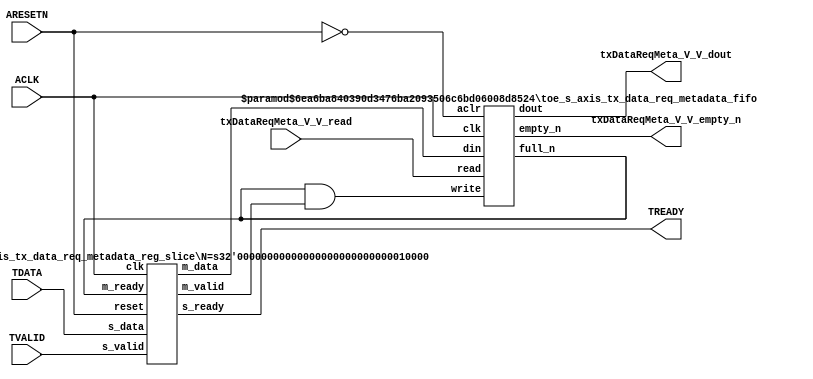
// ==============================================================
// File generated by Vivado(TM) HLS - High-Level Synthesis from C, C++ and SystemC
// Version: 2015.1
// Copyright (C) 2015 Xilinx Inc. All rights reserved.
// 
// ==============================================================


`timescale 1ns/1ps

module toe_s_axis_tx_data_req_metadata_if (
    // AXI4-Stream singals
    input  wire        ACLK,
    input  wire        ARESETN,
    input  wire        TVALID,
    output wire        TREADY,
    input  wire [15:0] TDATA,
    // User signals
    output wire [15:0] txDataReqMeta_V_V_dout,
    output wire        txDataReqMeta_V_V_empty_n,
    input  wire        txDataReqMeta_V_V_read
);
//------------------------Local signal-------------------
// FIFO
wire [0:0]  fifo_write;
wire [0:0]  fifo_full_n;
wire [15:0] txDataReqMeta_V_V_din;
wire [0:0]  txDataReqMeta_V_V_full_n;
// register slice
wire [0:0]  s_valid;
wire [0:0]  s_ready;
wire [15:0] s_data;
wire [0:0]  m_valid;
wire [0:0]  m_ready;
wire [15:0] m_data;

//------------------------Instantiation------------------
// rs
toe_s_axis_tx_data_req_metadata_reg_slice #(
    .N       ( 16 )
) rs (
    .clk     ( ACLK ),
    .reset   ( ARESETN ),
    .s_data  ( s_data ),
    .s_valid ( s_valid ),
    .s_ready ( s_ready ),
    .m_data  ( m_data ),
    .m_valid ( m_valid ),
    .m_ready ( m_ready )
);

// txDataReqMeta_V_V_fifo
toe_s_axis_tx_data_req_metadata_fifo #(
    .DATA_BITS  ( 16 ),
    .DEPTH_BITS ( 4 )
) txDataReqMeta_V_V_fifo (
    .clk        ( ACLK ),
    .aclr       ( ~ARESETN ),
    .empty_n    ( txDataReqMeta_V_V_empty_n ),
    .full_n     ( txDataReqMeta_V_V_full_n ),
    .read       ( txDataReqMeta_V_V_read ),
    .write      ( fifo_write ),
    .dout       ( txDataReqMeta_V_V_dout ),
    .din        ( txDataReqMeta_V_V_din )
);

//------------------------Body---------------------------
//++++++++++++++++++++++++AXI4-Stream++++++++++++++++++++
assign TREADY = s_ready;

//+++++++++++++++++++++++++++++++++++++++++++++++++++++++

//++++++++++++++++++++++++Reigister Slice++++++++++++++++
assign s_valid = TVALID;
assign m_ready = fifo_full_n;
assign s_data  = {TDATA[15:0]};

//+++++++++++++++++++++++++++++++++++++++++++++++++++++++

//++++++++++++++++++++++++FIFO+++++++++++++++++++++++++++
assign fifo_write            = fifo_full_n & m_valid;
assign txDataReqMeta_V_V_din = m_data[15:0];
assign fifo_full_n           = txDataReqMeta_V_V_full_n;

//+++++++++++++++++++++++++++++++++++++++++++++++++++++++

endmodule



`timescale 1ns/1ps

module toe_s_axis_tx_data_req_metadata_fifo
#(parameter
    DATA_BITS  = 8,
    DEPTH_BITS = 4
)(
    input  wire                 clk,
    input  wire                 aclr,
    output wire                 empty_n,
    output wire                 full_n,
    input  wire                 read,
    input  wire                 write,
    output wire [DATA_BITS-1:0] dout,
    input  wire [DATA_BITS-1:0] din
);
//------------------------Parameter----------------------
localparam
    DEPTH = 1 << DEPTH_BITS;
//------------------------Local signal-------------------
reg                   empty;
reg                   full;
reg  [DEPTH_BITS-1:0] index;
reg  [DATA_BITS-1:0]  mem[0:DEPTH-1];
//------------------------Body---------------------------
assign empty_n = ~empty;
assign full_n  = ~full;
assign dout    = mem[index];

// empty
always @(posedge clk or posedge aclr) begin
    if (aclr)
        empty <= 1'b1;
    else if (empty & write & ~read)
        empty <= 1'b0;
    else if (~empty & ~write & read & (index==1'b0))
        empty <= 1'b1;
end

// full
always @(posedge clk or posedge aclr) begin
    if (aclr)
        full <= 1'b0;
    else if (full & read & ~write)
        full <= 1'b0;
    else if (~full & ~read & write & (index==DEPTH-2'd2))
        full <= 1'b1;
end

// index
always @(posedge clk or posedge aclr) begin
    if (aclr)
        index <= {DEPTH_BITS{1'b1}};
    else if (~empty & ~write & read)
        index <= index - 1'b1;
    else if (~full & ~read & write)
        index <= index + 1'b1;
end

// mem
always @(posedge clk) begin
    if (~full & write) mem[0] <= din;
end

genvar i;
generate
    for (i = 1; i < DEPTH; i = i + 1) begin : gen_sr
        always @(posedge clk) begin
            if (~full & write) mem[i] <= mem[i-1];
        end
    end
endgenerate

endmodule

`timescale 1ns/1ps

module toe_s_axis_tx_data_req_metadata_reg_slice
#(parameter
    N = 8   // data width
) (
    // system signals
    input  wire         clk,
    input  wire         reset,
    // slave side
    input  wire [N-1:0] s_data,
    input  wire         s_valid,
    output wire         s_ready,
    // master side
    output wire [N-1:0] m_data,
    output wire         m_valid,
    input  wire         m_ready
);
//------------------------Parameter----------------------
// state
localparam [1:0]
    ZERO = 2'b10,
    ONE  = 2'b11,
    TWO  = 2'b01;
//------------------------Local signal-------------------
reg  [N-1:0] data_p1;
reg  [N-1:0] data_p2;
wire         load_p1;
wire         load_p2;
wire         load_p1_from_p2;
reg          s_ready_t;
reg  [1:0]   state;
reg  [1:0]   next;
//------------------------Body---------------------------
assign s_ready = s_ready_t;
assign m_data  = data_p1;
assign m_valid = state[0];

assign load_p1 = (state == ZERO && s_valid) ||
                 (state == ONE && s_valid && m_ready) ||
                 (state == TWO && m_ready);
assign load_p2 = s_valid & s_ready;
assign load_p1_from_p2 = (state == TWO);

// data_p1
always @(posedge clk) begin
    if (load_p1) begin
        if (load_p1_from_p2)
            data_p1 <= data_p2;
        else
            data_p1 <= s_data;
    end
end

// data_p2
always @(posedge clk) begin
    if (load_p2) data_p2 <= s_data;
end

// s_ready_t
always @(posedge clk) begin
    if (~reset)
        s_ready_t <= 1'b0;
    else if (state == ZERO)
        s_ready_t <= 1'b1;
    else if (state == ONE && next == TWO)
        s_ready_t <= 1'b0;
    else if (state == TWO && next == ONE)
        s_ready_t <= 1'b1;
end

// state
always @(posedge clk) begin
    if (~reset)
        state <= ZERO;
    else
        state <= next;
end

// next
always @(*) begin
    case (state)
        ZERO:
            if (s_valid & s_ready)
                next = ONE;
            else
                next = ZERO;
        ONE:
            if (~s_valid & m_ready)
                next = ZERO;
            else if (s_valid & ~m_ready)
                next = TWO;
            else
                next = ONE;
        TWO:
            if (m_ready)
                next = ONE;
            else
                next = TWO;
        default:
            next = ZERO;
    endcase
end

endmodule